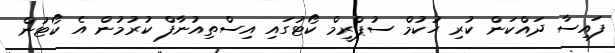
ފައިސާ ދައްކަން ކުރި ހުކުމް ސުޕްރީމް ކޯޓުގައި އިސްތިއުނާފް ކުރުމުން އެ ކޯޓުން